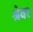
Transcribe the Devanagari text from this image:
श्रेवर